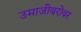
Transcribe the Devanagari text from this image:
उमाजीबरोबर